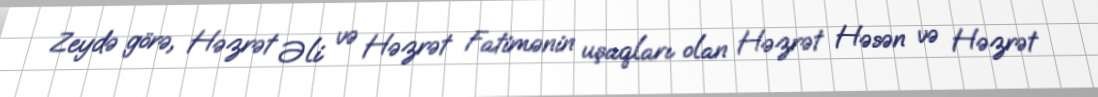
Zeydə görə, Həzrət Əli və Həzrət Fatimənin uşaqları olan Həzrət Həsən və Həzrət